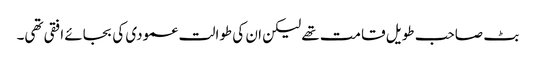
بٹ صاحب طویل قامت تھے لیکن ان کی طوالت عمودی کی بجائے افقی تھی۔